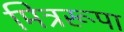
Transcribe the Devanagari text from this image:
मित्ररूपा